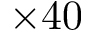
\times 4 0